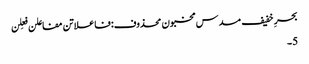
بحرِ خفیف مسدس مخبون محذوف:فاعلاتن مفاعلن فعِلن
5۔